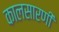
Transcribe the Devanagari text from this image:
कालसारणी